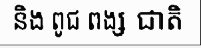
និង ពូជ ពង្ស ជាតិ